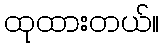
ထုထားတယ်။